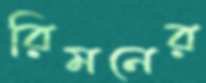
রিমনের